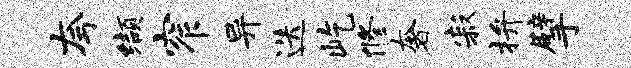
夸缬窄异迭屹修奢寂拚擘